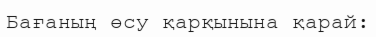
Бағаның өсу қарқынына қарай: